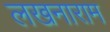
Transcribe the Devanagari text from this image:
लखनाराम